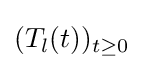
(T_{l}(t))_{t\geq 0}